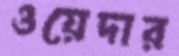
ওয়েদার